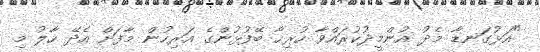
"އަޅުގަނޑާ މެދު އުންމީދުކުރައްވާ ހުރިހާ ބޭފުޅުންގެ އަރިހުން މާފަށް އެދޭ ހާލު މި